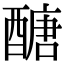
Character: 醣